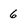
Character: 6